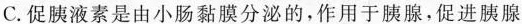
C.促胰液素是由小肠黏膜分泌的，作用于胰腺，促进胰腺